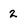
Character: 2